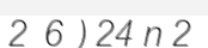
2  6 ) 24 n 2